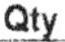
QTY